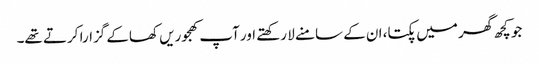
جو کچھ گھر میں پکتا، ان کے سامنے لا رکھتے اور آپ کھجوریں کھاکے گزارا کرتے تھے۔